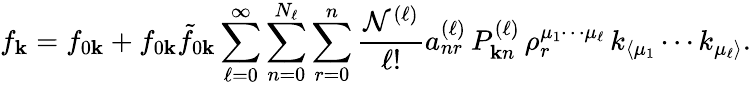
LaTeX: f_{\mathbf{k}}=f_{0\mathbf{k}}+f_{0\mathbf{k}}\tilde{f}_{0\mathbf{k}}\sum_{\ell=0}^{\infty}\sum_{n=0}^{N_{\ell}}\sum_{r=0}^{n}\frac{\mathcal{N}^{(\ell)}}{\ell!}a_{nr}^{(\ell)}\, P_{\mathbf{k}n}^{(\ell)}\, \rho_{r}^{\mu_{1}\cdots\mu_{\ell}}\, k_{\langle\mu_{1}}\cdots k_{\mu_{\ell}\rangle}.